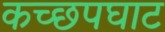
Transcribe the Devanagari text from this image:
कच्छपघाट